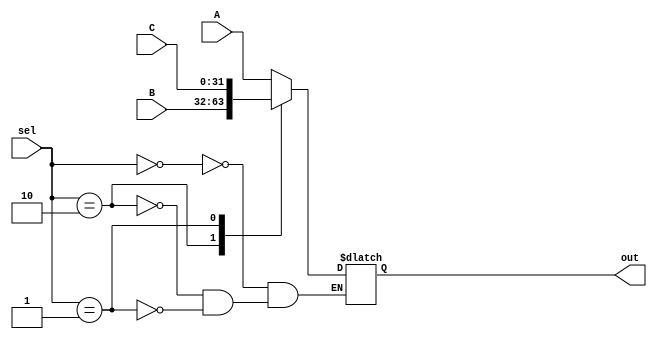
`timescale 1ns / 1ps
//////////////////////////////////////////////////////////////////////////////////
// Company: 
// Engineer: 
// 
// Design Name: 
// Module Name: mux_4X1
// Project Name: 
// Target Devices: 
// Tool Versions: 
// Description: 
// 
// Dependencies: 
// 
// Revision:
// Revision 0.01 - File Created
// Additional Comments:
// 
//////////////////////////////////////////////////////////////////////////////////


module mux_4X1(input [31:0] A, B, C, input[1:0] sel, output reg[31:0] out);
//A: reg. B: ALU result, C-> data memory
always @(*)
begin 
    case(sel)
        2'b00:out = A;
        2'b10:out = B;
        2'b01:out = C;
    endcase
end
endmodule